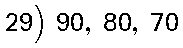
29) 90, 80, 70